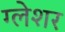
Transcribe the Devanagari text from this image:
ग्लेशर